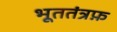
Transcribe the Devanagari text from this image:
भूततंत्रफ़